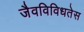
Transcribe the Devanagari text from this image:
जैवविविधतेस